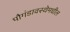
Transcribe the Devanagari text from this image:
पौगंडावस्थेमधील